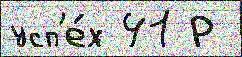
усп'е́х 41 Р